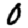
Digit: 0